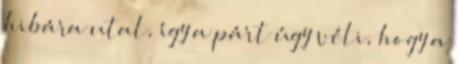
hibára utal, így a párt úgy véli, hogy a